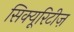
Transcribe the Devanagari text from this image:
सिक्यूरिटीज़